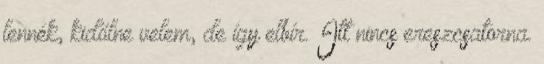
lennék, kidőlne velem, de így elbír. Itt nincs ereszcsatorna.